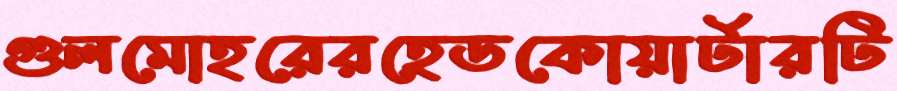
গুলমোহরেরহেডকোয়ার্টারটি